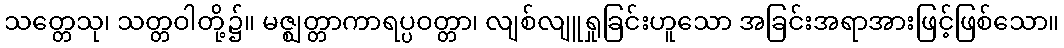
သတ္တေသု၊ သတ္တဝါတို့၌။ မဇ္ဈတ္တာကာရပ္ပဝတ္တာ၊ လျစ်လျူရှုခြင်းဟူသော အခြင်းအရာအားဖြင့်ဖြစ်သော။